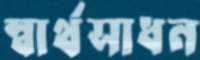
স্বার্থসাধন